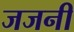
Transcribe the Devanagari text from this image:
जजनी